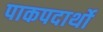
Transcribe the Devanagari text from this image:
पाकपदार्थो